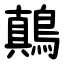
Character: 鷏